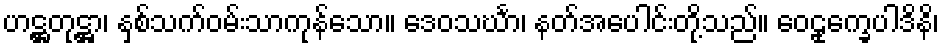
ဟဋ္ဌတုဋ္ဌာ၊ နှစ်သက်ဝမ်းသာကုန်သော။ ဒေဝသင်္ဃာ၊ နတ်အပေါင်းတို့သည်။ ဝေဠုက္ခေပါဒိနိ၊